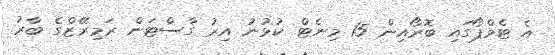
އެ ޓެމްޕޯގައި ބޮރޯއިން 15 މިނެޓް ކުޅުނު އިރު ގާސްޓަން ރަމިރޭޒްގެ ބާރު